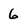
Character: 6